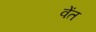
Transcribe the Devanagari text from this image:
वेंत